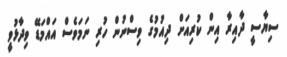
ސިޔާސީ ދާއިރާ އިން ކުރިއަށް ދިއުމުގެ ވިސްނުން ހުރި ނަމަވެސް އައްމަޑޭ ވިދާޅުވީ